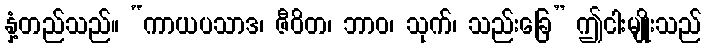
နှံ့တည်သည်။ “ကာယပသာဒ၊ ဇီဝိတ၊ ဘာဝ၊ သုက်၊ သည်းခြေ” ဤငါးမျိုးသည်